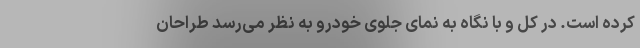
کرده است. در کل و با نگاه به نمای جلوی خودرو به نظر می‌رسد طراحان